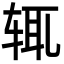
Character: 辄